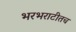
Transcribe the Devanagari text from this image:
भरभराटीतच